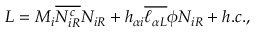
{ \cal L } = M _ { i } \overline { { { N _ { i R } ^ { c } } } } N _ { i R } + h _ { \alpha i } \overline { { { \ell _ { \alpha L } } } } \phi N _ { i R } + h . c . ,